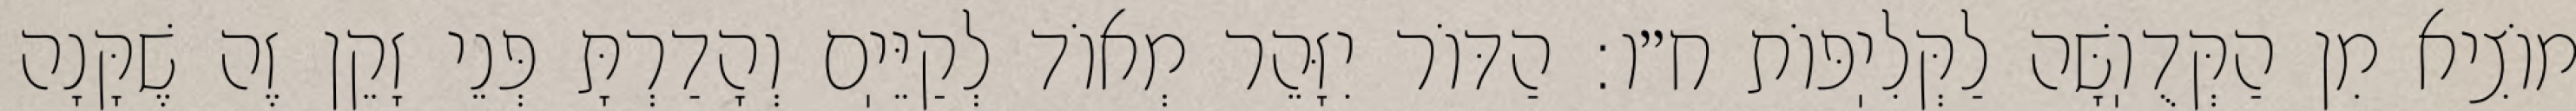
מוֹצִיא מִן הַקְּדֻוֽשָּׁה לַקְּלִיֽפּוֹת ח״ו: הַדּוֹר יִזָּהֵר מְאוֹד לְקַיֵּיֽם וְהָדַרְתָּ פְּנֵי זָקֵן זֶה שֶׁקָּנָה